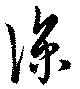
涼